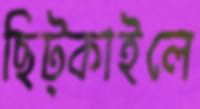
ছিট্‌কাইলে